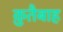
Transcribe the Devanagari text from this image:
क़ुतैबाह